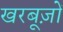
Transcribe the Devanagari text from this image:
खरबूज़ों